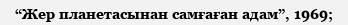
“Жер планетасынан самғаған адам”, 1969;